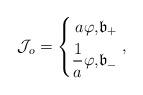
LaTeX: \begin{align*} \mathcal{J}_o= \left\{\begin{aligned}a \varphi, & \mathfrak{b}_+\\ \frac{1}{a} \varphi, & \mathfrak{b}_- \end{aligned}\right.,\end{align*}